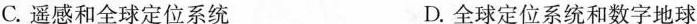
C.遥感和全球定位系统 D.全球定位系统和数字地球